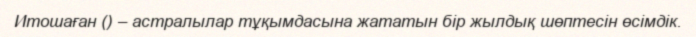
Итошаған () – астралылар тұқымдасына жататын бір жылдық шөптесін өсімдік.